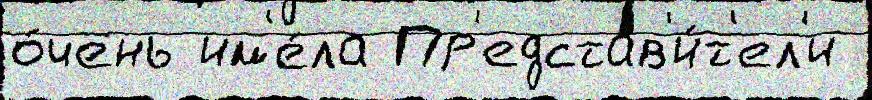
о́чень им'е́ла Пр'едстав'и́т'ел'и